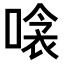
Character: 𠹸